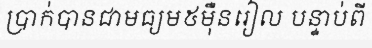
ប្រាក់បានជាមធ្យម៥ម៉ឺនរៀល បន្ទាប់ពី